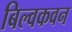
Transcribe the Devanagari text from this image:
बिल्वकवन